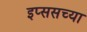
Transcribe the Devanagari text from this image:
इप्ससच्या